Burma Government Medical School reports 1907-22
Year: 1907
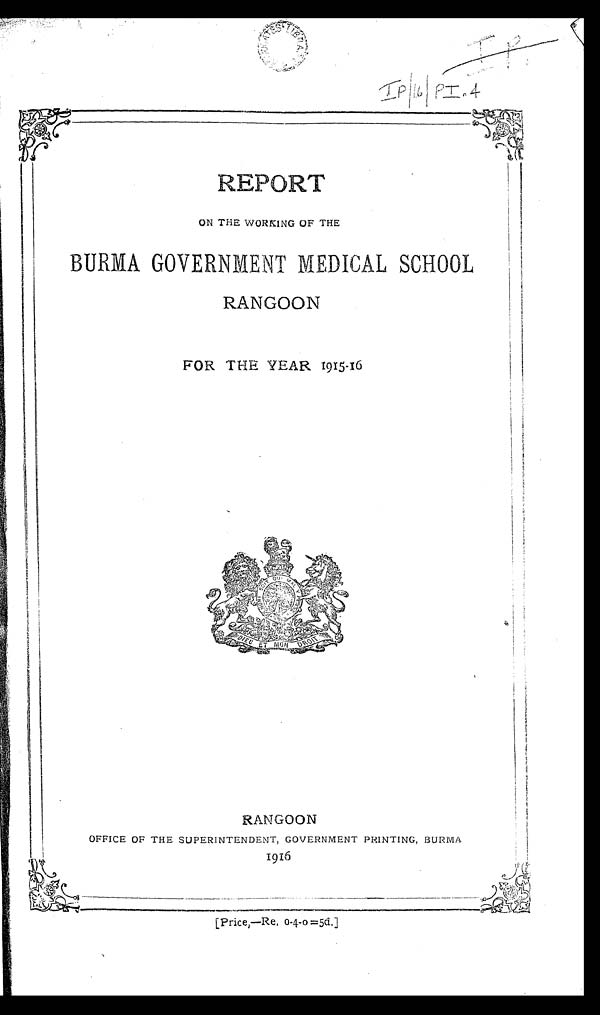
R
IP. IP/16/PI.4
ON THE WORKING OF THE
BURMA GOVERNMENT MEDICAL SCHOOL
RANGOON
FOR THE YEAR 1915-16
RANGOON
OFFICE OF THE SUPERINTENDENT, GOVERNMENT PRINTING, BURMA
1916
[Price,—Re, 0-4-0=5d.]